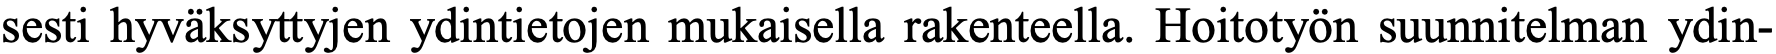
sesti hyväksyttyjen ydintietojen mukaisella rakenteella. Hoitotyön suunnitelman ydin-